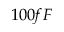
1 0 0 f F